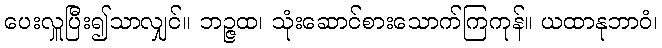
ပေးလှူပြီး၍သာလျှင်။ ဘဉ္ဇထ၊ သုံးဆောင်စားသောက်ကြကုန်။ ယထာနုဘာဝံ၊